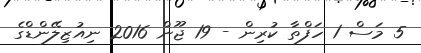
5 މަސް 1 ހަފްތާ ކުރިން - 19 ޖޫން 2016 ނިއުޒިލޭންޑްގެ